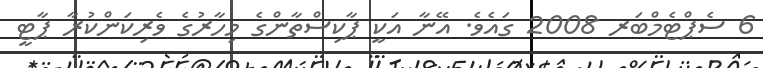
6 ސެޕްޓެމްބަރ 2008 ގައެވެ. އޭނާ އަކީ ޕާކިސްތާންގެ މިހާރުގެ ވެރިކަންކުރާ ޕާޓީ